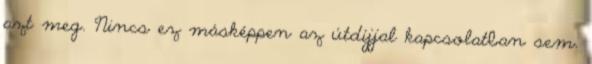
azt meg. Nincs ez másképpen az útdíjjal kapcsolatban sem.